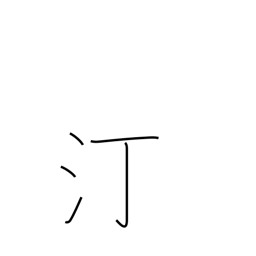
Meaning: water's edge